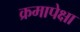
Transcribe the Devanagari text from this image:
क्रमापेक्षा